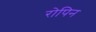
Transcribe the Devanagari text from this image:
रोपिन